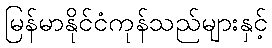
မြန်မာနိုင်ငံကုန်သည်များနှင့်